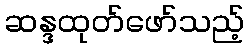
ဆန္ဒထုတ်ဖော်သည့်